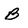
Character: B